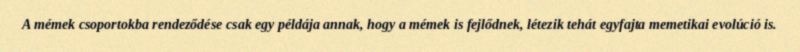
A mémek csoportokba rendeződése csak egy példája annak, hogy a mémek is fejlődnek, létezik tehát egyfajta memetikai evolúció is.